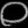
Digit: ၀